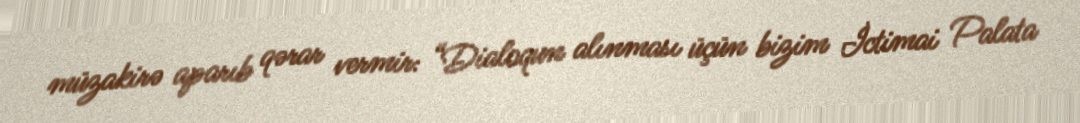
müzakirə aparıb qərar vermir: “Dialoqun alınması üçün bizim İctimai Palata